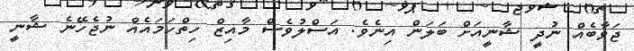
ޖަވާބެއް ނުދީ ޝާނީއަށް ބަލަން އިނެވެ. އަސްލުވެސް މާއިޒް ހިތްހަމައެއް ނުޖެހޭނެ ޝާނީ